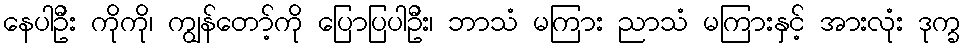
နေပါဦး ကိုကို၊ ကျွန်တော့်ကို ပြောပြပါဦး၊ ဘာသံ မကြား ညာသံ မကြားနှင့် အားလုံး ဒုက္ခ